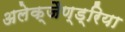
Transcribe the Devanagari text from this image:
अलेक्जैण्ड्रिया